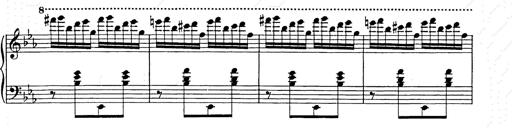
Title: Hungarian Rhapsody No.9
Composer: Franz Liszt
Key: E-flat major